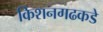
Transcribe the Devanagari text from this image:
किशनगढकडे